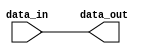
module DAC_offset_to_twos
#(
	parameter WIRE_WIDTH = 14
)
(
    input [WIRE_WIDTH - 1:0] data_in,
	output [WIRE_WIDTH - 1:0] data_out
);

    reg [WIRE_WIDTH - 1:0] data_register1 = 14'h00000000;
    
    always @(data_in)
    begin
        // data_register1 = 14'h00005FFF - data_in;
        data_register1 = data_in;
        // if (data_in > 14'h1FFF)
        // begin
        //     data_register1 = 14'h00005FFF - data_in;
        // end
        // else
        // begin
        //     data_register1 = 14'h00001FFF + data_in;
        // end
    end

    assign data_out = data_register1;
endmodule